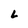
Character: L